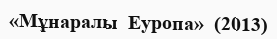
«Мұнаралы  Еуропа»  (2013)